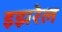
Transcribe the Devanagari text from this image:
इझरेल